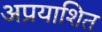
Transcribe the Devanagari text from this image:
अप्रयाशित